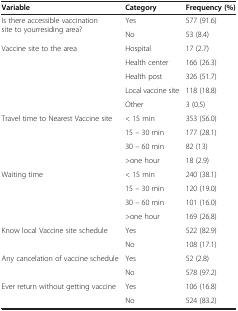
| Variable | Category | Frequency (%) |
 | --- | --- | --- |
 | <ROWSPAN=2> Is there accessible vaccination site to yourresiding area? | Yes | 577 (91.6) |
 | No | 53 (8.4) |
 | <ROWSPAN=5> Vaccine site to the area | Hospital | 17 (2.7) |
 | Health center | 166 (26.3) |
 | Health post | 326 (51.7) |
 | Local vaccine site | 118 (18.8) |
 | Other | 3 (0.5) |
 | <ROWSPAN=4> Travel time to Nearest Vaccine site | < 15 min | 353 (56.0) |
 | 15 – 30 min | 177 (28.1) |
 | 30 – 60 min | 82 (13) |
 | >one hour | 18 (2.9) |
 | <ROWSPAN=4> Waiting time | < 15 min | 240 (38.1) |
 | 15 – 30 min | 120 (19.0) |
 | 30 – 60 min | 101 (16.0) |
 | >one hour | 169 (26.8) |
 | <ROWSPAN=2> Know local Vaccine site schedule | Yes | 522 (82.9) |
 | No | 108 (17.1) |
 | <ROWSPAN=2> Any cancelation of vaccine schedule | Yes | 52 (2.8) |
 | No | 578 (97.2) |
 | Ever return without getting vaccine | Yes | 106 (16.8) |
 |  | No | 524 (83.2) |